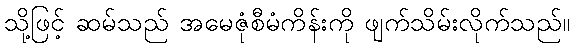
သို့ဖြင့် ဆမ်သည် အမေဇုံစီမံကိန်းကို ဖျက်သိမ်းလိုက်သည်။